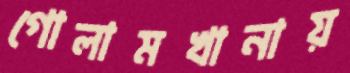
গোলামখানায়